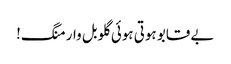
بے قابو ہوتی ہوئی گلوبل وارمنگ!